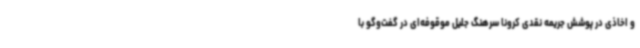
و اخاذی در پوشش جریمه نقدی کرونا سرهنگ جلیل موقوفه‌ای در گفت‌وگو با